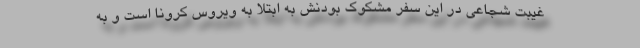
غیبت شجاعی در این سفر مشکوک بودنش به ابتلا به ویروس کرونا است و به